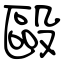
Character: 毆